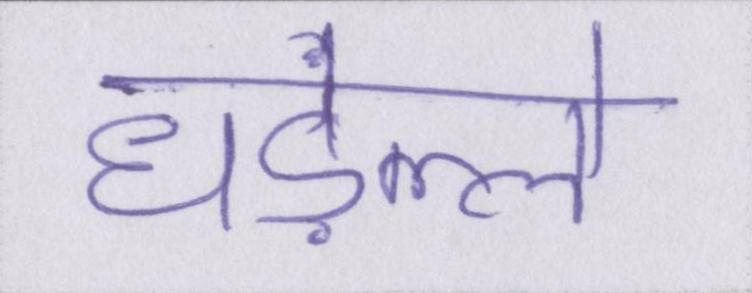
धड़ल्ले